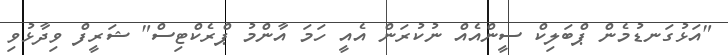
"އަޅުގަނޑުމެން ޕްބަލިކް ސީންއެއް ނުކުރަން އެއީ ހަމަ އާންމު ޕްރެކްޓިސް" ޝަރީފް ވިދާޅުވި